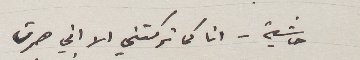
حاشية – انا كما تركتني الا اني صرت